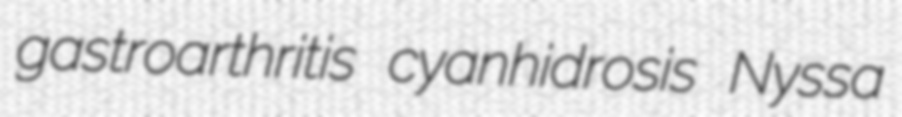
gastroarthritis cyanhidrosis Nyssa